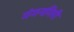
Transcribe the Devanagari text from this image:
गंगनगिरी